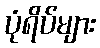
ပုံရိပ်များ